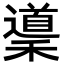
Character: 䆃